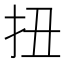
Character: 扭